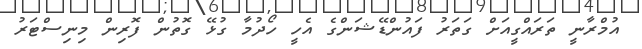
އުމްރާނީ ތަރައްގީއަށް ގަތަރު ފައުންޑޭޝަންގެ އެހީ ހޯދުމާ ގުޅޭ ގޮތުން ފޮރިން މިނިސްޓަރު